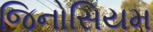
જિનોસિયમ